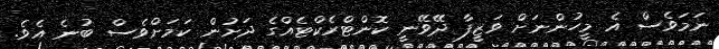
ނަމަވެސް އެ މީހުންނަށް ވަޒީފާ ދޭވޭނީ ކޮންޓްރެކްޓެއްގެ ދަށުން ކަމަށްވެސް ބުނެ އެވެ.